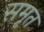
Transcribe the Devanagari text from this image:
समृत